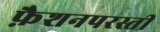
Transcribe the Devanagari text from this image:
फ़ैशनपरस्ती